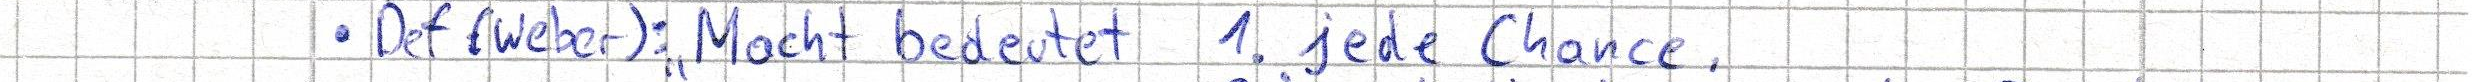
- Def (Weber): "Macht bedeutet 1. jede Chance,